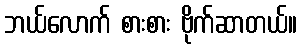
ဘယ်လောက် စားစား ဗိုက်ဆာတယ်။